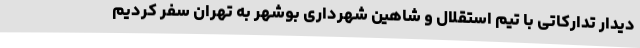
دیدار تدارکاتی با تیم استقلال و شاهین شهرداری بوشهر به تهران سفر کردیم